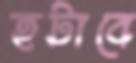
হটাবে